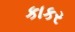
કાકર